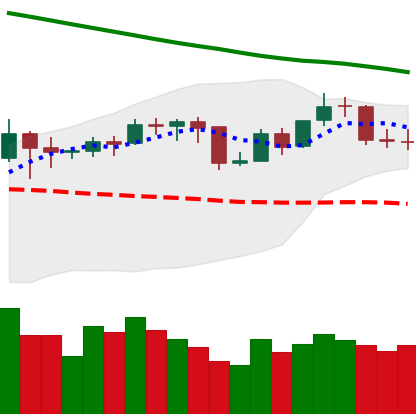
Ticker: BNB-USD
Chart end date: 2019-11-17
Forward return: -23.094%
Label: down_7plus